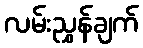
လမ်းညွှန်ချက်